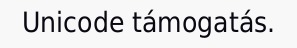
Unicode támogatás.